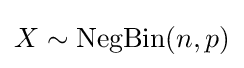
X\sim \operatorname {NegBin} (n,p)